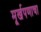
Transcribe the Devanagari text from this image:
मूर्खपणाचा